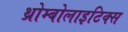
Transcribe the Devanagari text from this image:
थ्रोम्बोलाइटिक्स